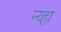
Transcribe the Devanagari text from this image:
न्य्हा